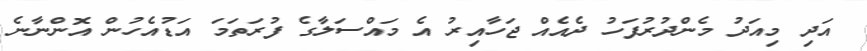
އަދި މިއަދު މެންދުރުފަހު ދެއެއް ޖަހާއިރު އެ މައްސަލާގެ ފުރަތަމަ އަޑުއެހުން އޮންނާނެ